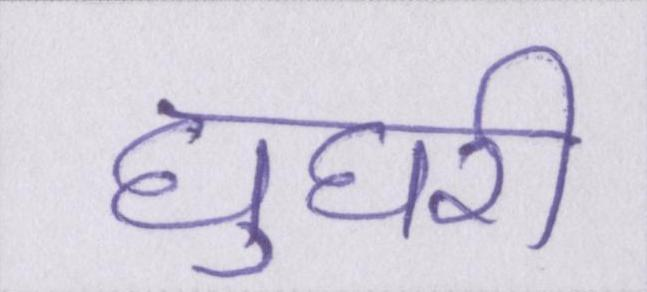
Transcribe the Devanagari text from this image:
घुघरी